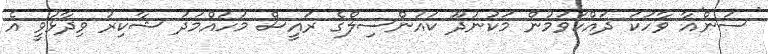
'ސަން'އާ ވާހަކަ ދައްކަވަމުން މަކުނުދޫ ކައުންސިލްގެ ރައީސް މުހައްމަދު ޝާކިރު ވިދާޅުވީ އެ